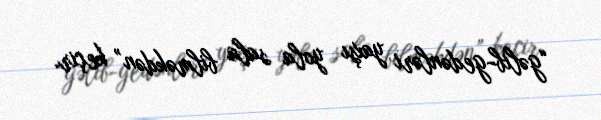
“gəlib-gedənləri yaxşı yola sala bilməkdən” keçir.